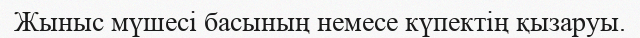
Жыныс мүшесі басының немесе күпектің қызаруы.